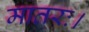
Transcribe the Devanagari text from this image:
मातरः।